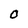
Character: O